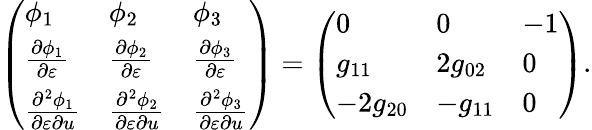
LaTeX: \left(\begin{array}{lll}{\phi_{1}}&{\phi_{2}}&{\phi_{3}}\\ {\frac{\partial\phi_{1}}{\partial\varepsilon}}&{\frac{\partial\phi_{2}}{\partial\varepsilon}}&{\frac{\partial\phi_{3}}{\partial\varepsilon}}\\ {\frac{\partial^{2}\phi_{1}}{\partial\varepsilon\partial u}}&{\frac{\partial^{2}\phi_{2}}{\partial\varepsilon\partial u}}&{\frac{\partial^{2}\phi_{3}}{\partial\varepsilon\partial u}}\end{array}\right)=\left(\begin{array}{lll}{0}&{0}&{-1}\\ {g_{11}}&{2g_{02}}&{0}\\ {-2g_{20}}&{-g_{11}}&{0}\end{array}\right).